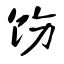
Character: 饬